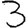
Digit: 3